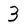
Character: 3